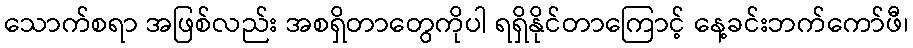
သောက်စရာ အဖြစ်လည်း အစရှိတာတွေကိုပါ ရရှိနိုင်တာကြောင့် နေ့ခင်းဘက်ကော်ဖီ၊